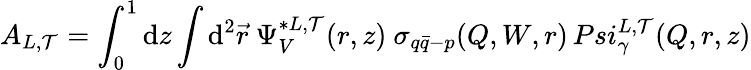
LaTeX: A_{L,\mathcal{T}}=\int_{0}^{1}\mathrm{d}z\int\mathrm{d}^{2}\vec{{r}}\ \Psi_{V}^{*L,\mathcal{T}}(r,z)\ \sigma_{q\bar{{q}}-p}(Q,W,r)\, Psi_{\gamma}^{L,\mathcal{T}}(Q,r,z)